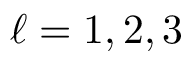
\ell = 1 , 2 , 3